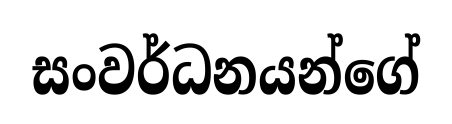
සංවර්ධනයන්ගේ